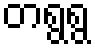
တရွရွ